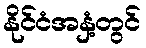
နိုင်ငံအနှံ့တွင်